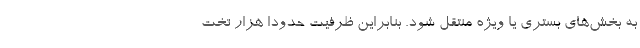
به بخش‌های بستری یا ویژه منتقل شود. بنابراین ظرفیت حدودا هزار تخت